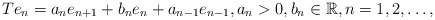
\begin{align*} Te_n = a_ne_{n+1} + b_ne_n + a_{n-1}e_{n-1}, a_n>0, b_n\in\mathbb{R}, n=1,2,\dots, \end{align*}